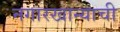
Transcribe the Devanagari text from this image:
नगारखान्याची